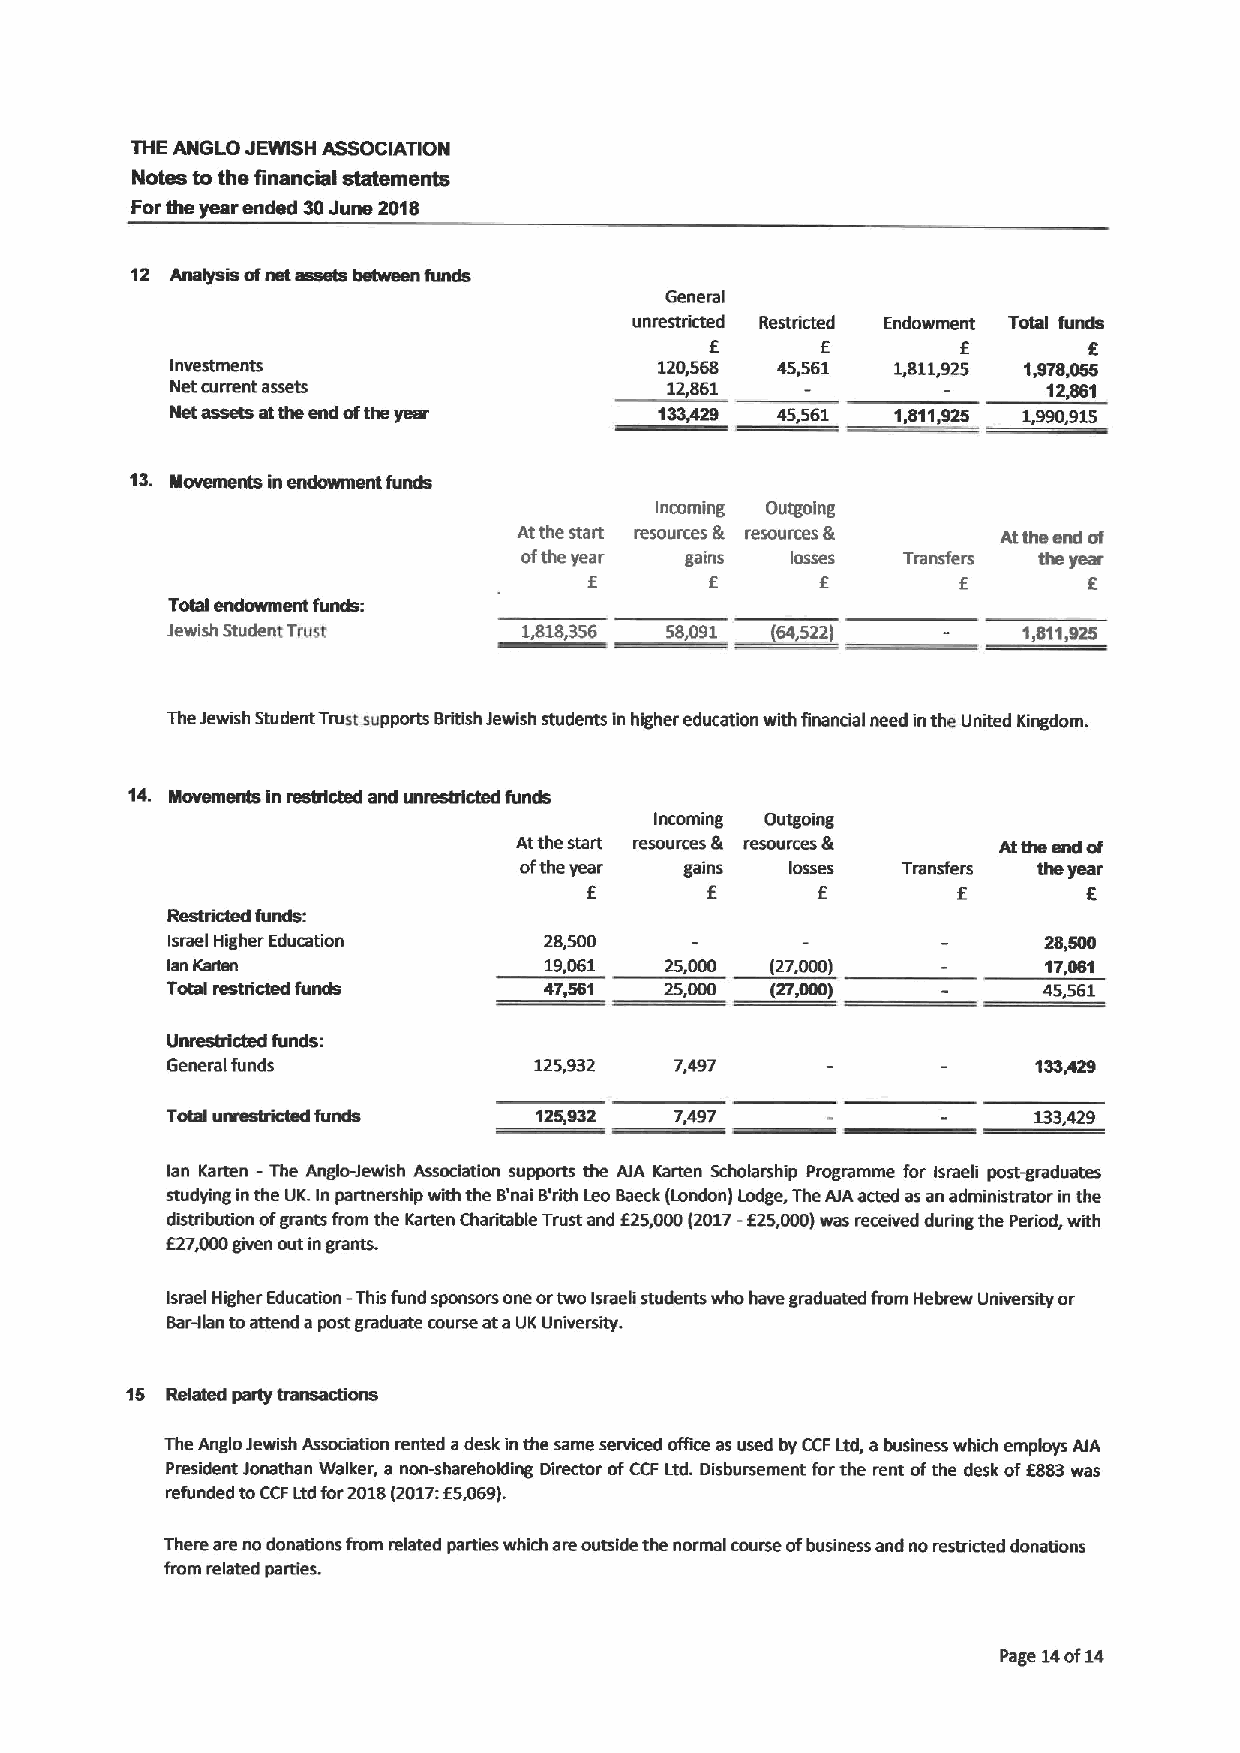
THE ANGLO JEyy(SH ASSOCIATION
 Notes tothe financial shttemsnts
 Forthe year ended 30June 2018
 12 Analysis ofnet assets between funds
 General
 unrestricted Restricted Endowment Total funds
 f                f       f
 E
 Investments                      120,568 45,561 1,8115I25 1,978,055
 Net current assets               12,861   .      8,       12,861
 Net assels atthe end afthe year  DID             . 855   .99D.9
 13. Mavemerds in endowment funds
 Incoming Outgoing
 Atthe start resources & resources & Atthe end af
 ofthe year gains losses  Transfers fim year
 f       f      f         f
 E
 Toad endowment funds:
 8
 Jewish Student Trust      8,358  58,DD                   1,811,925
 TheJewish Student Trust supports British Jewish students in higher education with financial need inthe United Kingdom.
 14. Movemerds in restricted and unrestricted funds
 Incoming Outgoing
 Atthe start resources & resources & Atthe end af
 ofthe year gains  losses  Transfers the )reer'
 f       f      f        f        f
 Restricted funds:
 Israel Higher Education  28,500                           28,600
 Ien Kwtan                19,061  25,000 (27,000)          17,061
 Total restricted funds   47,561  25,000 (27,000)          45561
 Unrestricied funds:
 General funds           125,932   7,497
 Talsl unrsstricted funds 125,932  7,497                  133,429
 lan Karten —The Anglo-Jewish Association supports the AIA Karien Scholarship Programme for Israeli post-graduates
 studying inthe UK.In partnership with the 8'nai 8'8ith Leo Baeck(london) Lodge, The AIAacted asan administrator in the
 distribution ofgrants from the Karten ChaNable Trust and E25,000(2017-f 25,000)was received during the Period, with
 E27,000given out ingrants.
 -
 Israel Higher Education This fund sponsors ane ortwo Israeli students who have graduated from Hebrew University or
 Bar-gan toattend apost graduate course ataUKUniversity.
 15 Related party transscbons
 The Anglo Jewish Association rented adesk inthe same serviced office as used by CCFLtd, abusiness which employs AIA
 President Jonathan Walker, a non-shareholding Director ofCCF Ltd. Disbursement forthe rent ofthe desk off883was
 f
 refunded toCCFLtd far2018(2017: 5,069).
 There are no donations from related parties which are outside the normal course ofbusiness and no restricted donations
 from related parties.
 Page 14of14